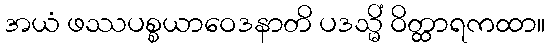
အယံ ဖဿပစ္စယာဝေဒနာတိ ပဒသ္မိံ ဝိတ္ထာရကထာ။